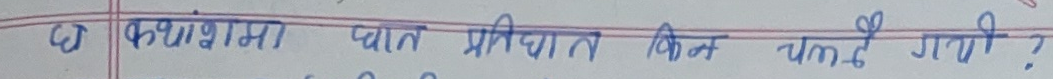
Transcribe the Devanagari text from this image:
कक्षामा धात प्रतिधात किन घटे गयो?